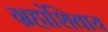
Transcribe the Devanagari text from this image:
ग्रहांशिवाय